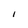
Character: l